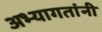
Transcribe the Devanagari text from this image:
अभ्यागतांनी